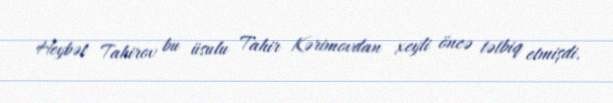
Heybət Tahirov bu üsulu Tahir Kərimovdan xeyli öncə tətbiq etmişdi.